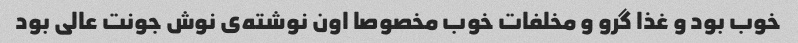
خوب بود و غذا گرو و مخلفات خوب مخصوصا اون نوشته‌ی نوش جونت عالی بود